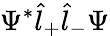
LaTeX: \Psi^{*}\hat{l}_{+}\hat{l}_{-}\Psi